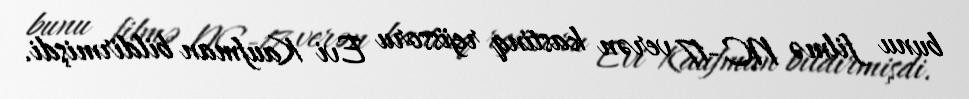
bunu filmə NC-17 verən kastinq rejissoru Evi Kaufman bildirmişdi.